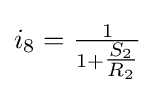
i_{8}={\tfrac {1}{1+{\tfrac {S_{2}}{R_{2}}}}}